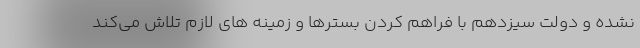
نشده و دولت سیزدهم با فراهم کردن بسترها و زمینه های لازم تلاش می‌کند